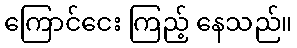
ကြောင်ငေး ကြည့် နေသည်။